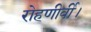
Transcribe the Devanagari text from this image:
रोहणीर्वी।